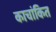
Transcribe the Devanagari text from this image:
काचांकित